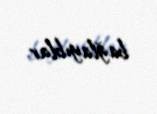
bağlayıblar.